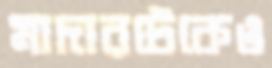
মাদারটেকেও